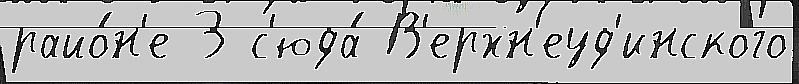
райо́н'е 3 с'юда́ В'ерхн'еуд'инского